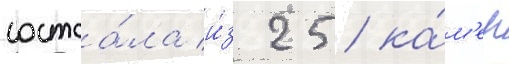
состоа́ла и́з 25 ка́м'ер